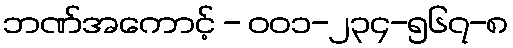
ဘဏ်အကောင့် - ၀၀၁-၂၃၄-၅၆၇-၈